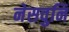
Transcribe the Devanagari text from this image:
नेसवुनि